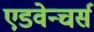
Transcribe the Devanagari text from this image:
एडवेन्चर्स